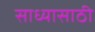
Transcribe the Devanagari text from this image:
साध्यासाठी